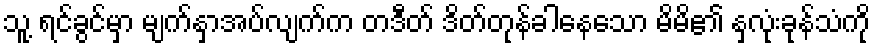
သူ့ ရင်ခွင်မှာ မျက်နှာအပ်လျက်က တဒီတ် ဒိတ်တုန်ခါနေသော မိမိ၏ နှလုံးခုန်သံကို